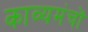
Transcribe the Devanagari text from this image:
काव्यमंचों